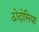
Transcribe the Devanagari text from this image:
ठोदोसिया